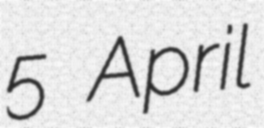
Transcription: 5 April